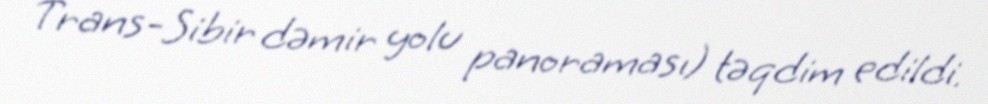
Trans-Sibir dəmir yolu panoraması) təqdim edildi.